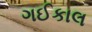
ગઈકાલ